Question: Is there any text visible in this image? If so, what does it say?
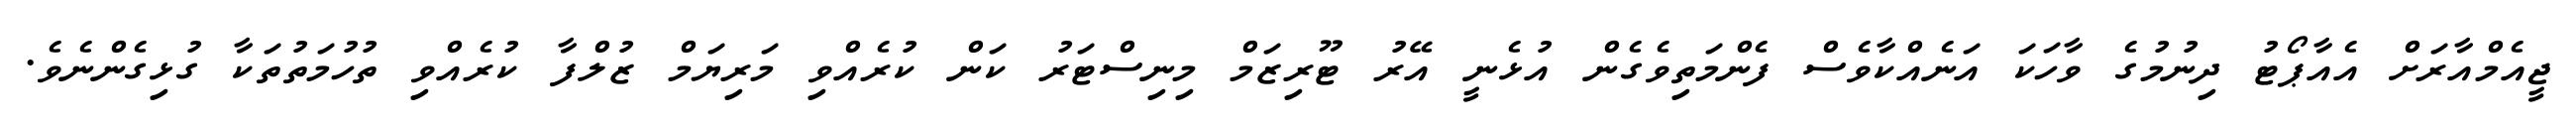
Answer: ޖީއެމްއާރަށް އެއާޕޯޓު ދިނުމުގެ ވާހަކަ އަނެއްކާވެސް ފެންމަތިވެގެން އުޅެނީ އޭރު ޓޫރިޒަމް މިނިސްޓަރު ކަން ކުރެއްވި މަރިޔަމް ޒުލްފާ ކުރެއްވި ތުހުމަތުތަކާ ގުޅިގެންނެވެ.